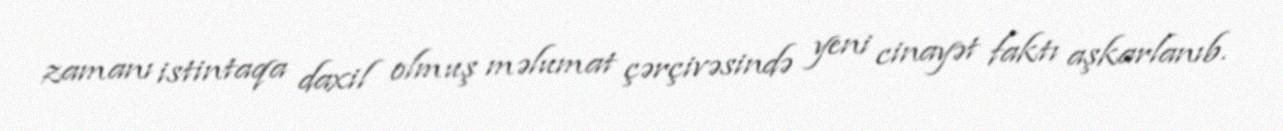
zamanı istintaqa daxil olmuş məlumat çərçivəsində yeni cinayət faktı aşkarlanıb.